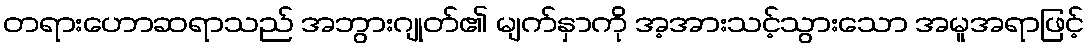
တရားဟောဆရာသည် အဘွားဂျုတ်၏ မျက်နှာကို အ့အားသင့်သွားသော အမူအရာဖြင့်